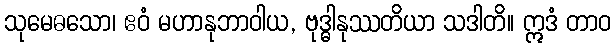
သုမေဓသော၊ ဧဝံ မဟာနုဘာဝါယ, ဗုဒ္ဓါနုဿတိယာ သဒါတိ။ ဣဒံ တာဝ